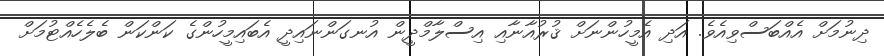
ދިނުމަށް އެއްބަސްވިއެވެ. އަދި އެމީހުންނަށް ޤުރުއާނާއި އިސްލާމްދީން އުނގަންނައިދީ އެބައިމީހުންގެ ކަންކަން ބެލެހެއްޓުމަށް